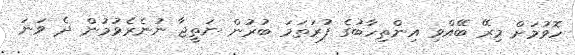
ހޮވުމަށް މިރޭ ބޭއްވި އިންތިހާބުގެ ފުރަތަމަ ބުރުން ނަތީޖާ ނުނެރެވުމުން ދެ ވަނަ